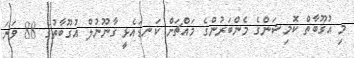
މި އުގޫބާތް ކޮމިޝަންގެ މެންބަރުންގެ މައްޗަށް ކަނޑައެޅީ ގާނޫނުލް އުގޫބާތުގެ 88 ވަނަ